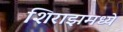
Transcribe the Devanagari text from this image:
शिराझमध्ये